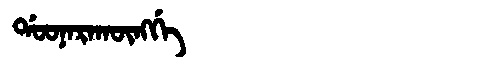
Manchu: ᡩᠣᠣᠨᠠᡵᠠᡴᡡᠩᡤᡝ
Romanization: DOONARAKŪNGGE